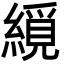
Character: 䌐